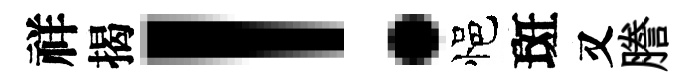
祥揭！悒斑又謄